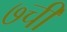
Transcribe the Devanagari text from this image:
७ची